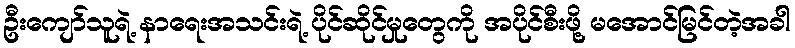
ဦးကျော်သူရဲ့ နာရေးအသင်းရဲ့ ပိုင်ဆိုင်မှုတွေကို အပိုင်စီးဖို့ မအောင်မြင်တဲ့အခါ